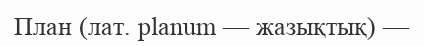
План (лат. planum — жазықтық) —